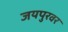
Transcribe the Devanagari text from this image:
जयपुरवर